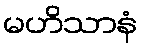
မဟိသာနံ